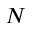
N